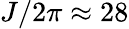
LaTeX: J/2\pi\approx 28